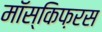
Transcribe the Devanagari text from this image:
मॉस्किफ़रस